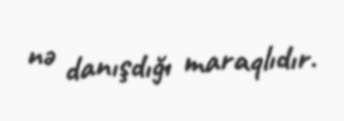
nə danışdığı maraqlıdır.